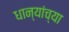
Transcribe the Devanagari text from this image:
धान्यांच्या